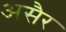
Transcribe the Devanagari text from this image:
असैर